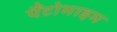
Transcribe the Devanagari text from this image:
पैंटोमाइम